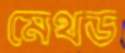
মেথড